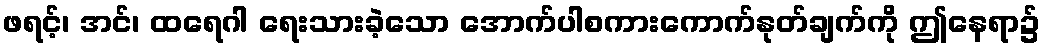
ဖရင့်၊ အင်၊ ထရေဂါ ရေးသားခဲ့သော အောက်ပါစကားကောက်နုတ်ချက်ကို ဤနေရာ၌